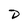
Character: D